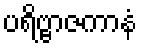
ပရိဗ္ဗာဇကာနံ